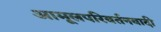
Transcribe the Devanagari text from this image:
आमूलपरिवर्तनवादी